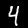
Label: 4